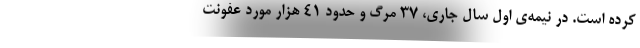
کرده است. در نیمه‌ی اول سال جاری، ۳۷ مرگ و حدود ۴۱ هزار مورد عفونت